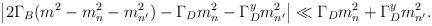
LaTeX: \begin{align*}\left| 2\Gamma _B(m^2-m_n^2-m_{n^{\prime }}^2)-\Gamma _Dm_n^2-\Gamma_D^ym_{n^{\prime }}^2\right| \ll \Gamma _Dm_n^2+\Gamma _D^ym_{n^{\prime }}^2.\end{align*}